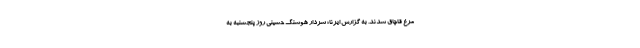
مرغ قاچاق شدند. به گزارش ایرنا؛ سردار هوشنگ حسینی روز پنجشنبه به